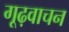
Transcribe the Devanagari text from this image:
गूढ़वाचन